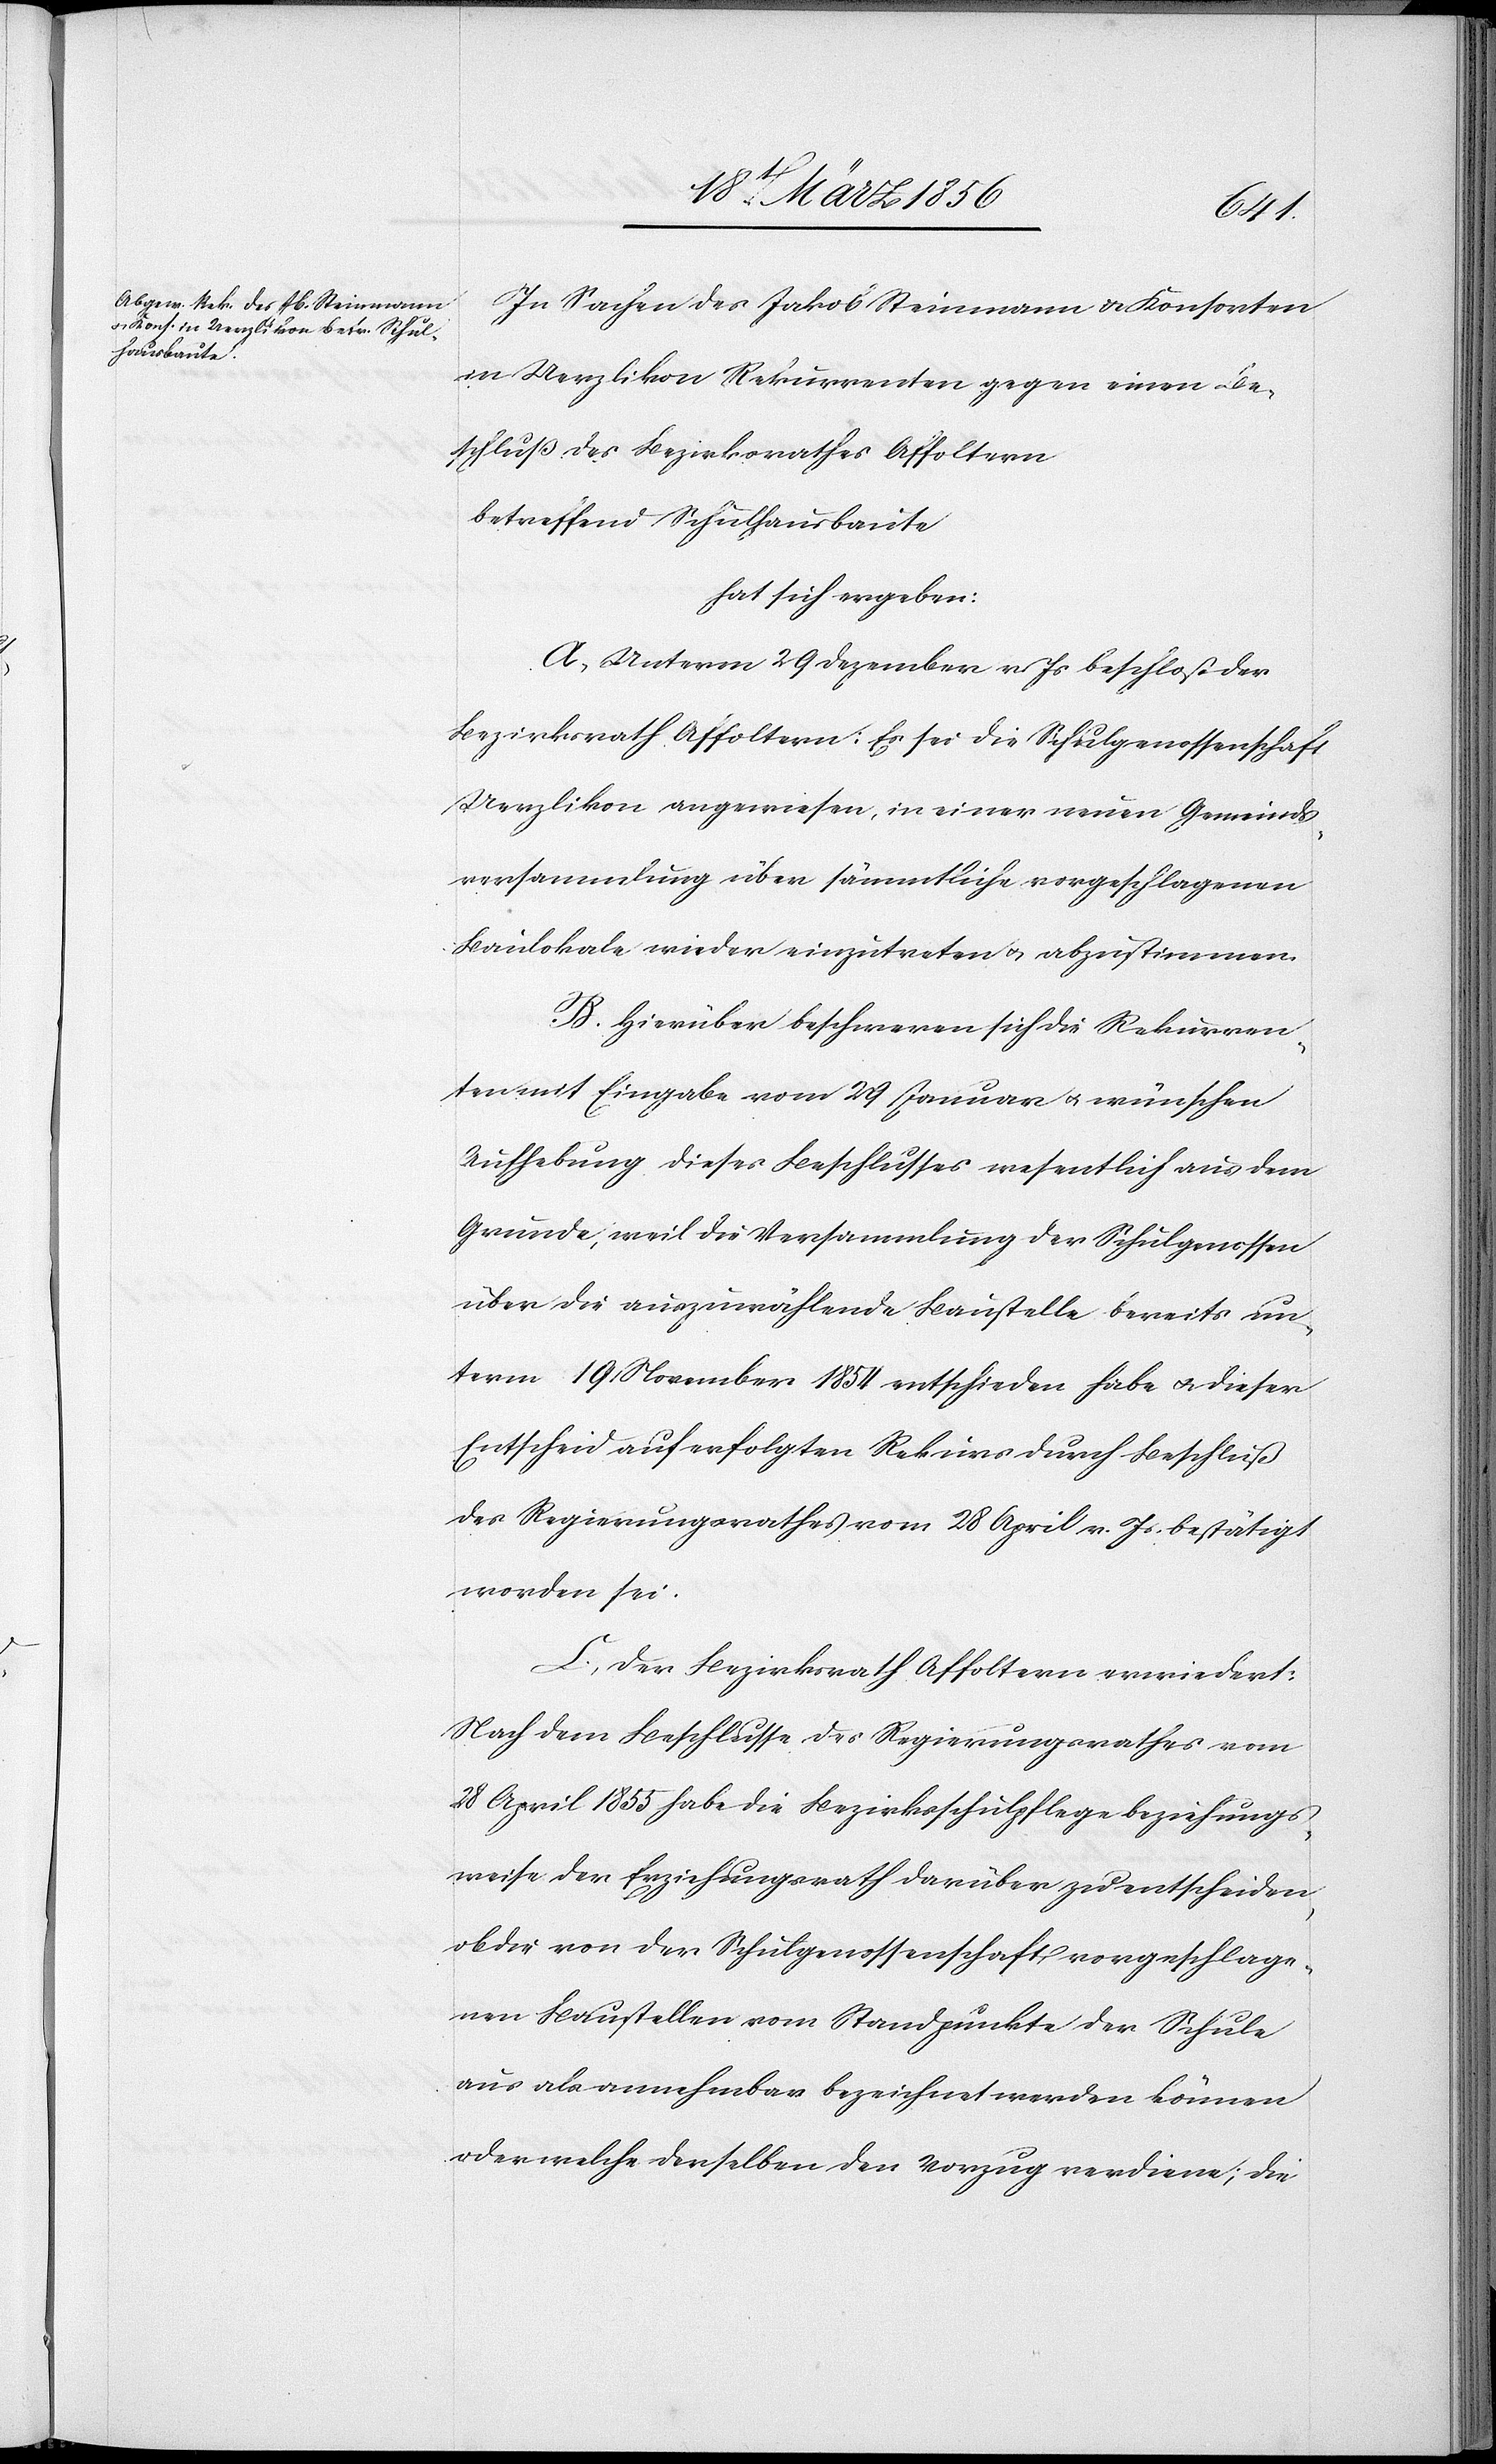
In Sachen des Jakob Steinmann & Konsorten
in Uerzlikon Rekurrenten gegen einen Be¬
schluß des Bezirksrathes Affoltern
betreffend Schulhausbaute
hat sich ergeben:
A., Unterm 29 Dezember v. Js beschloß der
Bezirksrath Affoltern: Es sei die Schulgenossenschaft
Uerzlikon angewiesen, in einer neuen Gemeinds¬
versammlung über sämmtliche vorgeschlagenen
Baulokale wieder einzutreten u. abzustimmen.
B. Hierüber beschweren sich die Rekurren¬
ten mit Eingabe vom 29 Januar u. wünschen
Aufhebung dieses Beschlusses wesentlich aus dem
Grunde, weil die Versammlung der Schulgenossen
über die auszuwählende Baustelle bereits un¬
term 19 November 1854 entschieden habe u. dieser
Entscheid auf erfolgten Rekurs durch Beschluß
des Regierungsrathes vom 28 April v. Js. bestätigt
worden sei.
C., Der Bezirksrath Affoltern erwiedert:
Nach dem Beschlusse des Regierungsrathes vom
28 April 1855 habe die Bezirksschulpflege beziehungs¬
weise der Erziehungsrath darüber zu entscheiden,
ob die von der Schulgenossenschaft vorgeschlage¬
nen Baustellen vom Standpunkte der Schule
aus als annehmbar bezeichnet werden können
oder welche derselben den Vorzug verdiene; die